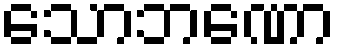
သောဘဏော